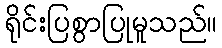
ရိုင်းပြစွာပြုမူသည်။